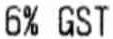
6% GST